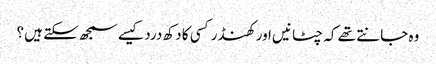
وہ جانتے تھے کہ چٹانیں اور کھنڈر کسی کا دکھ درد کیسے سمجھ سکتے ہیں ؟